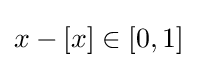
x-[x]\in [0,1]